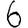
Digit: 6